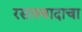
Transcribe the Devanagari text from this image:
रसास्वादाचा